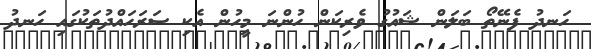
ހަނދު ފެނޭތޯ ބަލަން ޝައުގު ވެރިކަން ހުންނަ މީހުން އެކި ސަރަހައްދުތަކުގައި ހަނދު